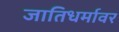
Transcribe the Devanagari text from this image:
जातिधर्मावर